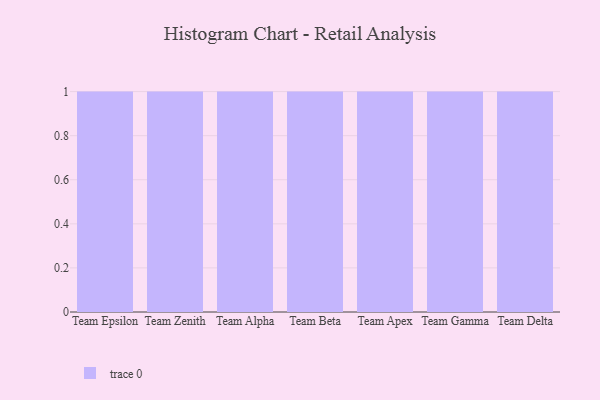
{"axis": {"x": "Team", "y": "Satisfaction Score"}, "legend": [""], "data": [{"x": "Team Epsilon", "y": 71, "type": ""}, {"x": "Team Zenith", "y": 82, "type": ""}, {"x": "Team Alpha", "y": 74, "type": ""}, {"x": "Team Beta", "y": 87, "type": ""}, {"x": "Team Apex", "y": 70, "type": ""}, {"x": "Team Gamma", "y": 43, "type": ""}, {"x": "Team Delta", "y": 78, "type": ""}]}